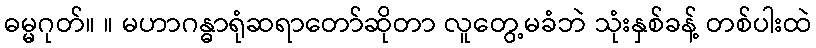
ဓမ္မဂုတ်။ ။ မဟာဂန္ဓာရုံဆရာတော်ဆိုတာ လူတွေ့မခံဘဲ သုံးနှစ်ခန့် တစ်ပါးထဲ